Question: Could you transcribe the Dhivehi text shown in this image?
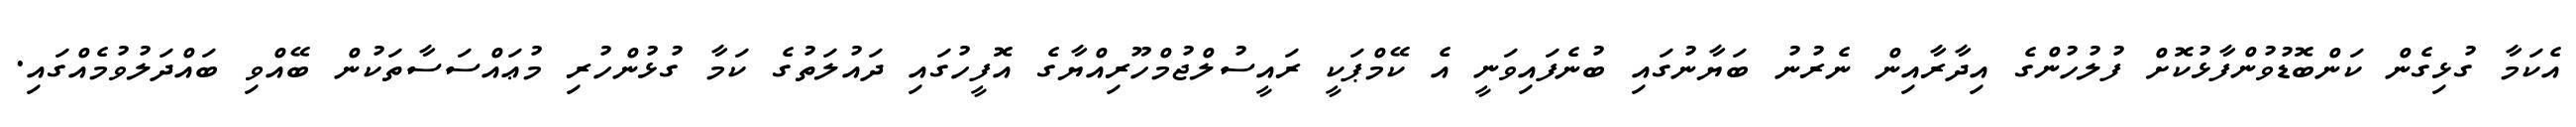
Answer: އެކަމާ ގުޅިގެން ކަންބޮޑުވުންފާޅުކޮށް ފުލުހުންގެ އިދާރާއިން ނެރުނު ބަޔާނުގައި ބުނެފައިވަނީ އެ ކޭމްޕަކީ ރައީސުލްޖުމްހޫރިއްޔާގެ އޮފީހުގައި ދައުލަތުގެ ކަމާ ގުޅުންހުރި މުޢައްސަސާތަކުން ބޭއްވި ބައްދަލުވުމެއްގައި.